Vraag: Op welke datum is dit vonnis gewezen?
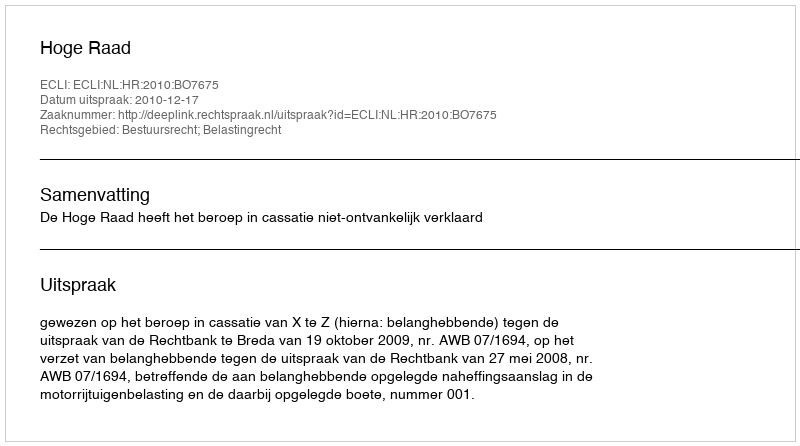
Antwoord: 2010-12-17